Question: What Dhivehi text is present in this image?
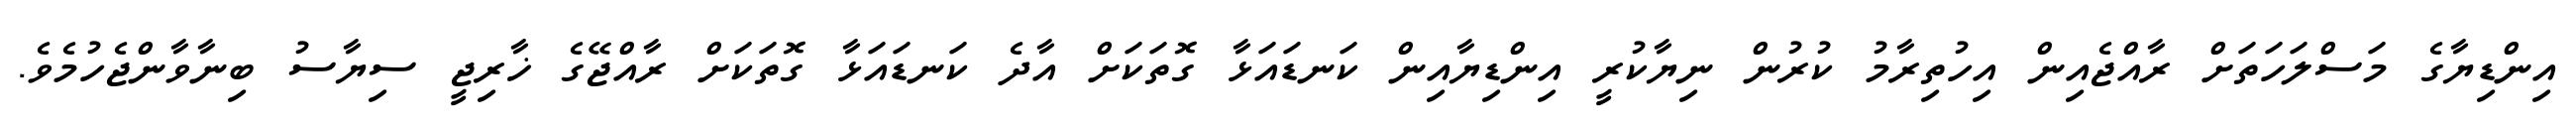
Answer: އިންޑިޔާގެ މަސްލަހަތަށް ރާއްޖެއިން އިހުތިރާމު ކުރުން ނިޔާކުރީ އިންޑިޔާއިން ކަނޑައަޅާ ގޮތަކަށް އާދެ ކަނޑައަޅާ ގޮތަކަށް ރާއްޖޭގެ ޚާރިޖީ ސިޔާސު ބިނާވާންޖެހުމެވެ.